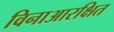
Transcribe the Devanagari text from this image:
विनाआरक्षित